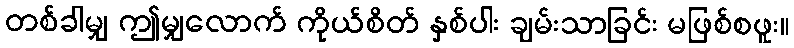
တစ်ခါမျှ ဤမျှလောက် ကိုယ်စိတ် နှစ်ပါး ချမ်းသာခြင်း မဖြစ်စဖူး။